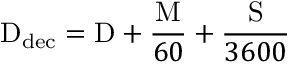
\mathrm { D } _ { \mathrm { d e c } } = \mathrm { D } + { \frac { \mathrm { M } } { 6 0 } } + { \frac { \mathrm { S } } { 3 6 0 0 } }